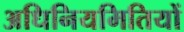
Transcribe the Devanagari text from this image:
अधिनियमितियों